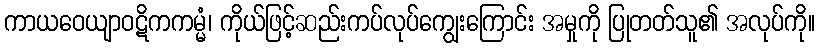
ကာယဝေယျာဝဋိကကမ္မံ၊ ကိုယ်ဖြင့်ဆည်းကပ်လုပ်ကျွေးကြောင်း အမှုကို ပြုတတ်သူ၏ အလုပ်ကို။